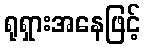
ရုရှားအနေဖြင့်